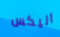
اليكس